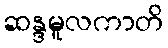
ဆန္ဒမူလကာတိ